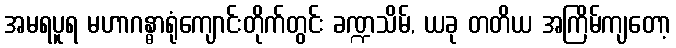
အမရပူရ မဟာဂန္ဓာရုံကျောင်းတိုက်တွင်း ခဏ္ဍသိမ်, ယခု တတိယ အကြိမ်ကျတော့